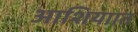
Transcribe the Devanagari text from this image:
आशियाात